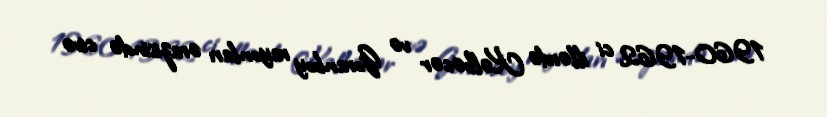
1960-1962 ci illərdə Kəlbəcər və Goranboy rayonları ərazisində civə